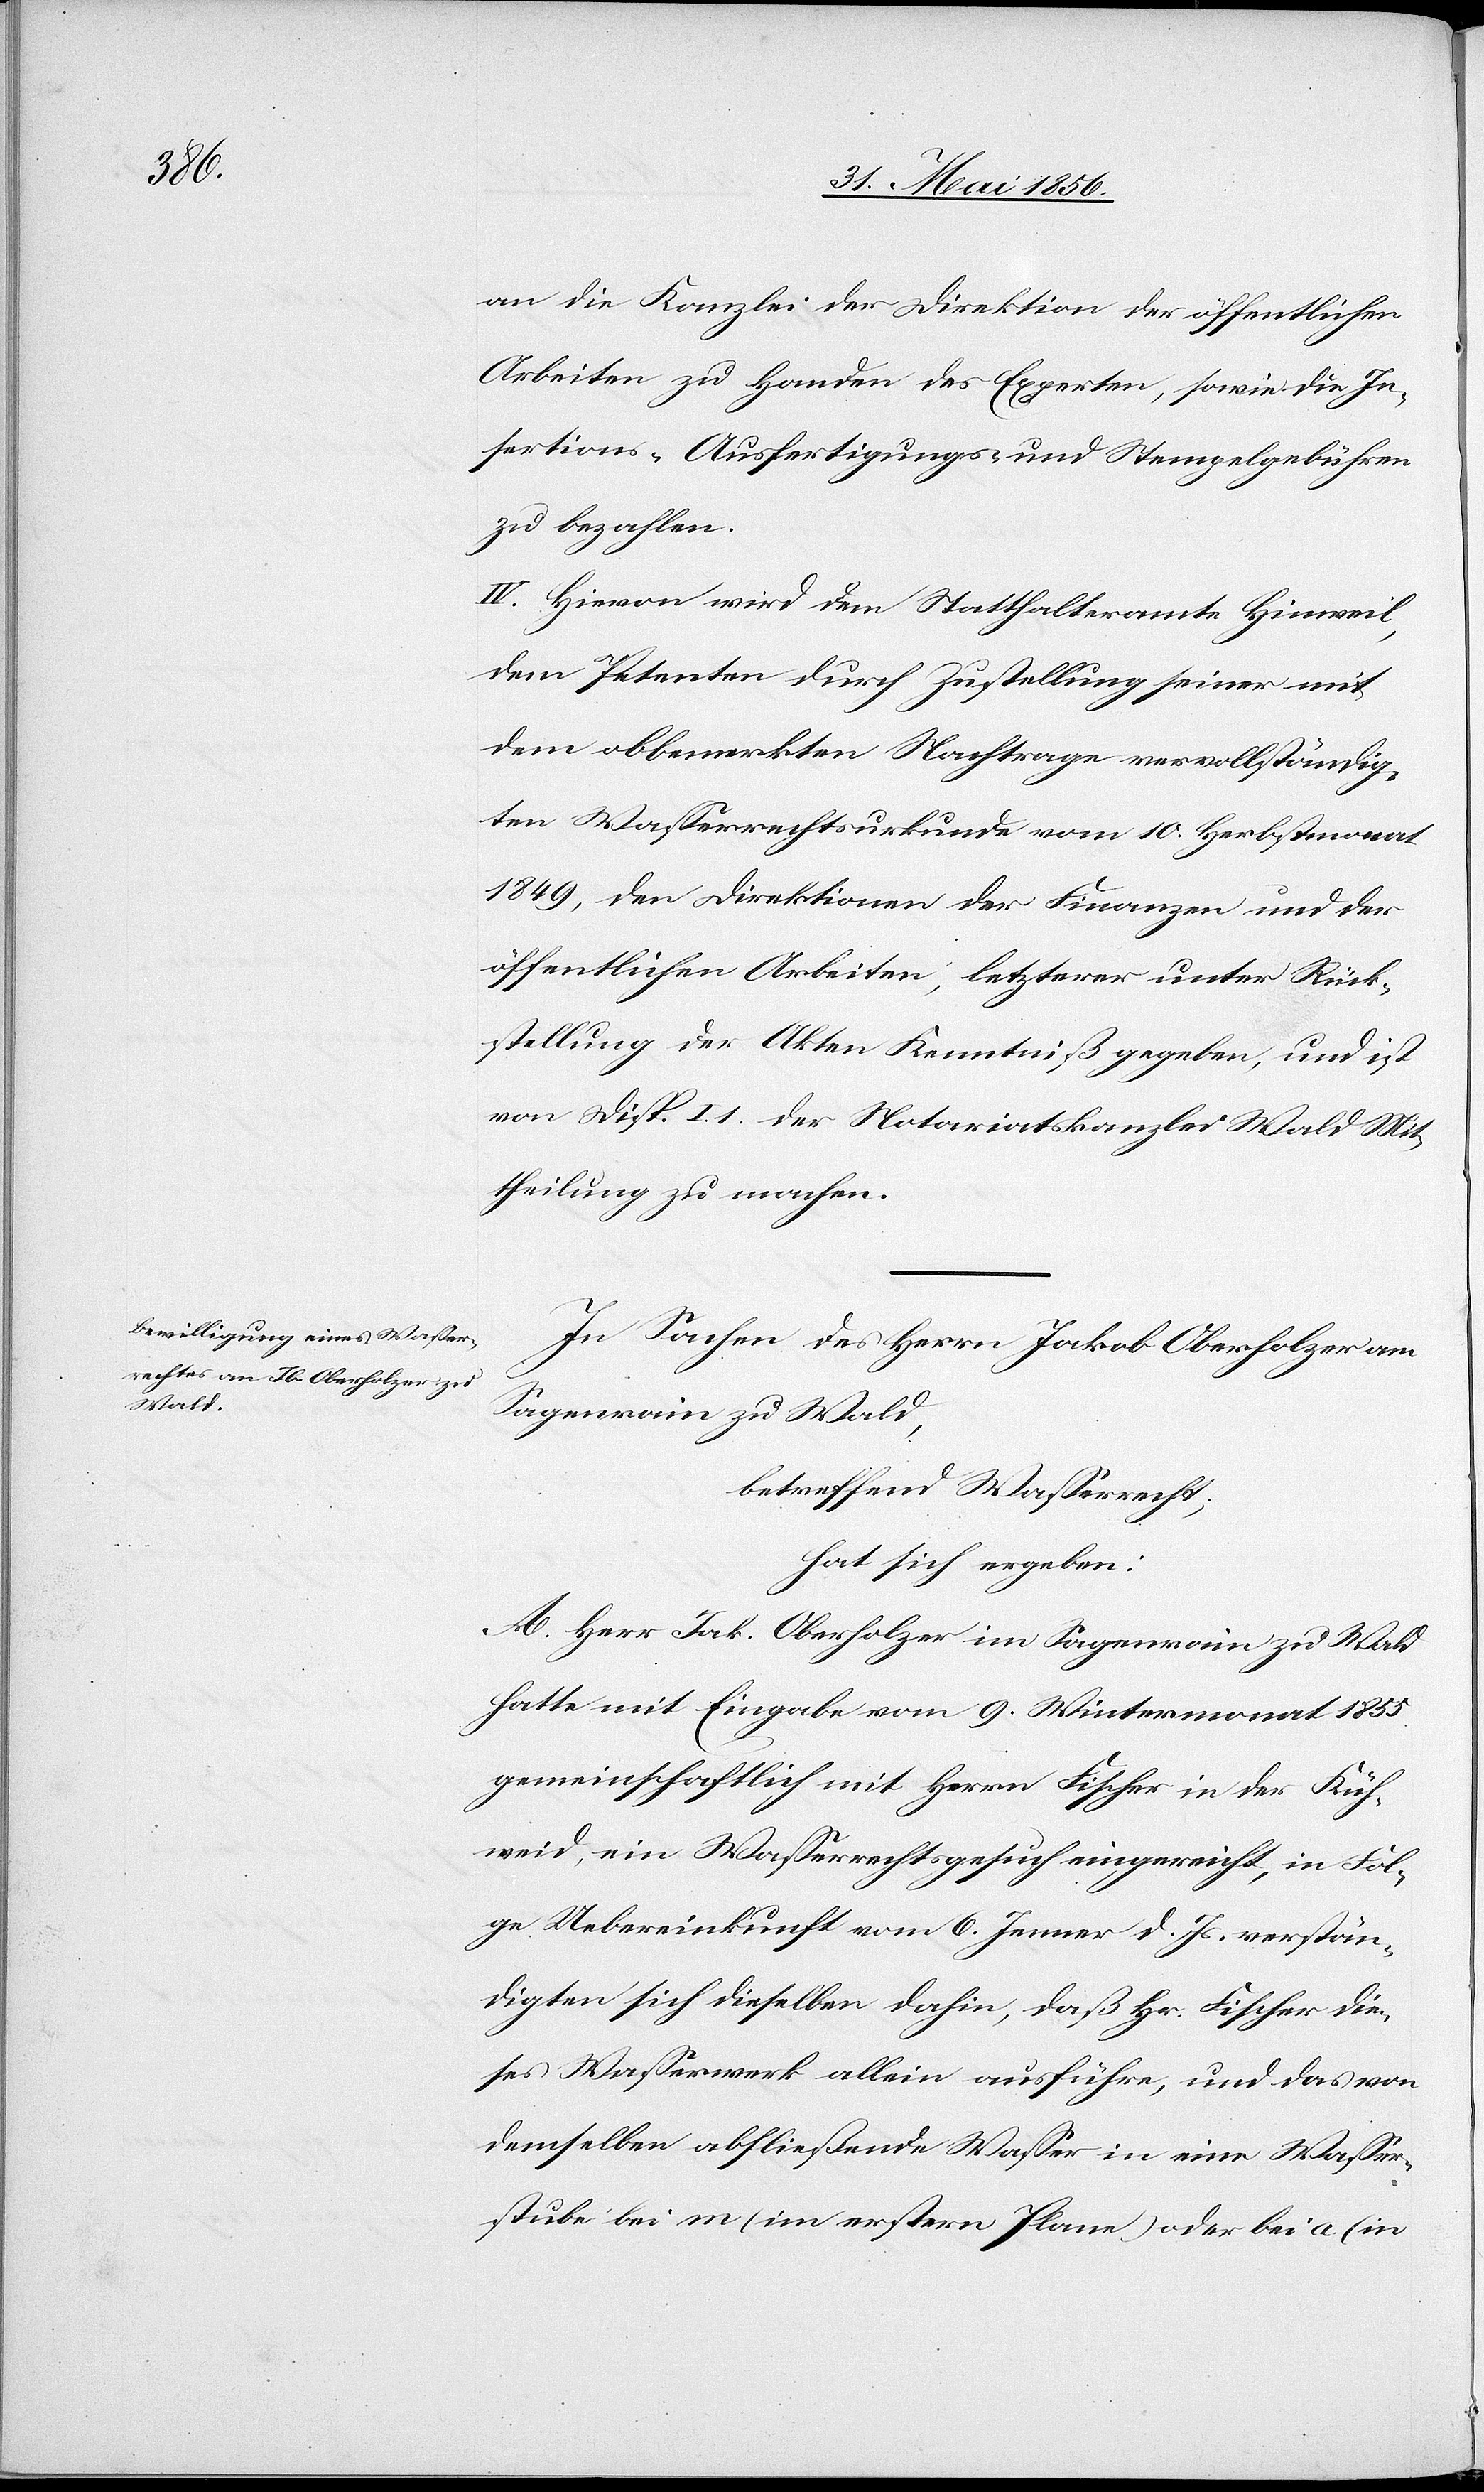
an die Kanzlei der Direktion der öffentlichen
Arbeiten zu Handen des Experten, sowie die In¬
sertions-[,] Ausfertigungs- und Stempelgebühren
zu bezahlen.
IV. Hievon wird dem Statthalteramte Hinweil,
dem Petenten durch Zustellung seiner mit
dem obbemerkten Nachtrage vervollständig¬
ten Wasserrechtsurkunde vom 10. Herbstmonat
1849, der Direktionen der Finanzen und der
öffentlichen Arbeiten, letzterer unter Rück¬
stellung der Akten Kenntniß gegeben, und ist
von Disp. I. 1. der Notariatskanzlei Wald Mit¬
theilung zu machen.
In Sachen des Herrn Jakob Oberholzer am
Sagenrain zu Wald,
betreffend Wasserrecht;
hat sich ergeben:
A. Herr Jak. Oberholzer im Sagenrain zu Wald
hatte mit Eingabe vom 9. Wintermonat 1855
gemeinschaftlich mit Herrn Fischer in der Küh¬
weid, ein Wasserrechtsgesuch eingereicht, in Fol¬
ge Uebereinkunft vom 6. Jenner d. Js. verstän¬
digten sich dieselben dahin, daß Hr. Fischer die¬
ses Wasserwerk allein ausführe, und das von
demselben abfließende Wasser in eine Wasser¬
stube bei m (im erstern Plane) oder bei a (in